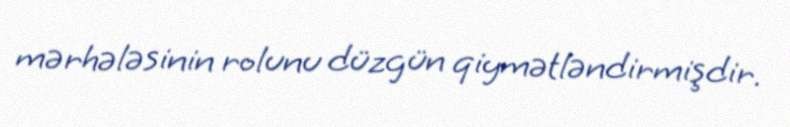
mərhələsinin rolunu düzgün qiymətləndirmişdir.